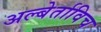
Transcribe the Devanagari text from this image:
अल्बेर्ताविच